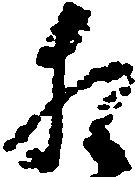
相